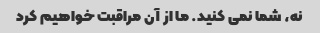
نه، شما نمی کنید. ما از آن مراقبت خواهیم کرد